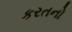
કરતનો